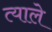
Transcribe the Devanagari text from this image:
त्याले